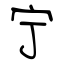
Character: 宁